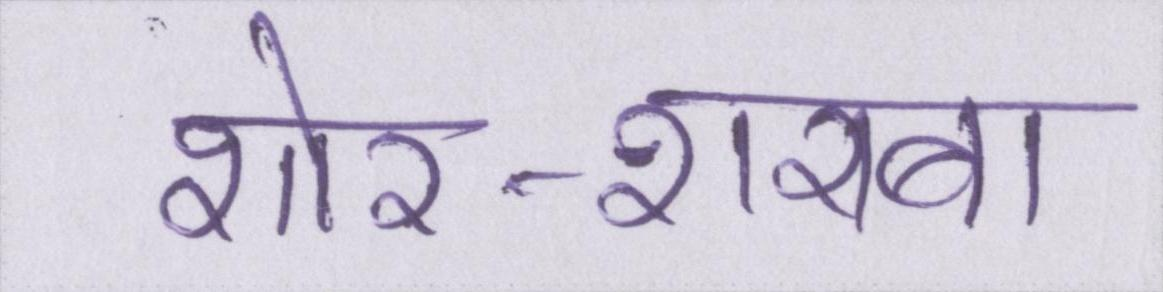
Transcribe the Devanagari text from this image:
शोर-शराबा